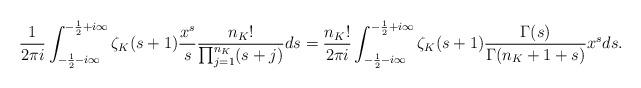
LaTeX: \begin{align*}\frac{1}{2\pi i}\int_{-\frac{1}{2}-i\infty}^{-\frac{1}{2}+i\infty}\zeta_K(s+1)\frac{x^s}{s}\frac{n_K!}{\prod_{j=1}^{n_K} (s+j)}ds=\frac{n_K!}{2\pi i}\int_{-\frac{1}{2}-i\infty}^{-\frac{1}{2}+i\infty}\zeta_K(s+1)\frac{\Gamma(s)}{\Gamma(n_K+1+s)}x^s ds.\end{align*}